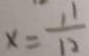
x = \frac { 1 1 } { 1 2 }